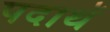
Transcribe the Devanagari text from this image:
पदाथॅ